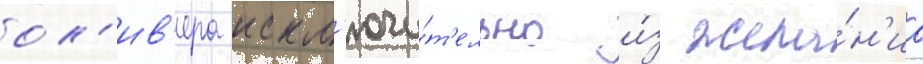
ол'ив'ера искл'ючи́т'ельно и́з жела́н'иа